Civil Veterinary Department. Madras. Admin. report 1926-33 - 1926-1933
Year: 1926
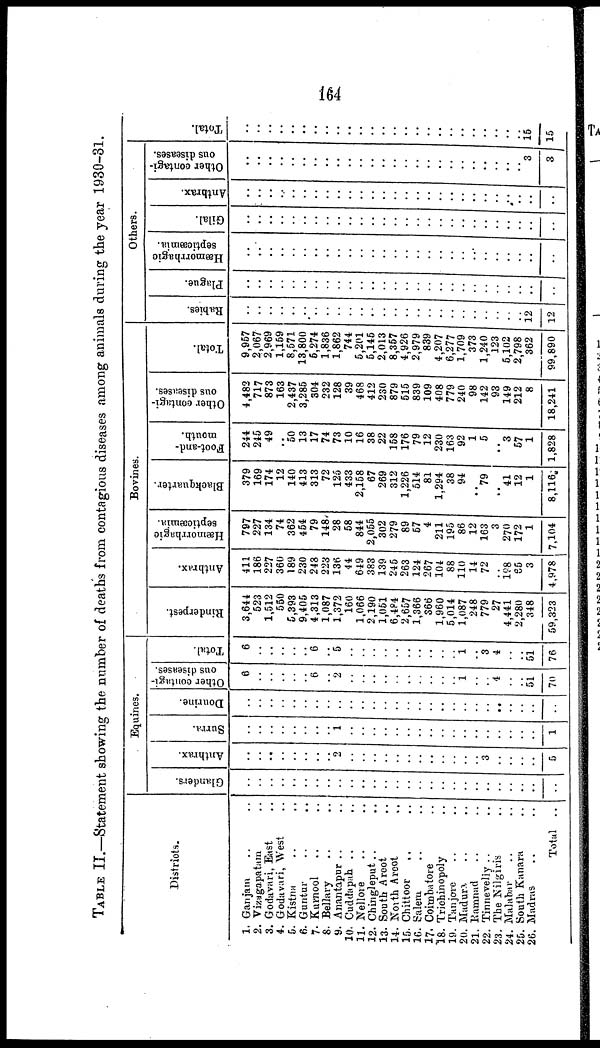
164
TABLE II.—Statement showing the number of deaths from contagious diseases among animals during the year 1930-81.
Districts.
1. Ganjam .. ..
2. Vizagapatam ..
3. Godavari, East ..
4. Godavari, West ..
5. Kistna .. ..
6. Guntur
..
..
7. Kurnool .. ..
8. Bellary .. ..
9. Anantapur .. ..
10. Chingleput .. ..
11. Nellore .. ..
12. Chingleput .. ..
13. South Arcot ..
14. North Arcot ..
15. Chittoor .. ..
16. Salem .. ..
17. Coimbatore ..
18. Trichinopoly ..
19. Tanjore .. ..
20. Madura .. ..
21. Ramnad .. ..
22. Tinneveliy .. ..
23. The Nilgiris ..
24. Malabar .. ..
25. South Kanara ..
26. Madras .. ..
Total ..
Glanders.
..
..
..
..
..
..
..
..
..
..
..
..
..
...
..
..
..
..
..
..
..
..
..
..
..
..
..
Anthrax.
..
..
..
..
..
..
..
..
2
..
..
..
..
..
..
..
..
..
..
..
..
3
..
..
..
..
5
Equines.
Surra.
..
..
..
..
..
..
..
..
1
..
..
..
..
..
..
..
..
..
..
..
..
..
..
..
..
..
1
Dourine.
..
..
..
..
..
..
..
..
..
..
..
..
..
..
..
..
..
..
..
..
..
..
..
..
..
..
..
Other contagi-
ous diseases.
6
..
..
..
..
..
6
..
2
..
..
..
..
..
..
..
..
..
..
1
..
..
4
..
..
51
70
Total.
6
..
..
..
..
..
6
..
5
..
..
..
..
..
..
..
..
..
..
1
..
3
4
..
..
51
76
Rinderpest.
3,644
523
1,512
550
5,393
9,405
4,313
1,087
1,372
160
1,066
2,190
1,051
6,4P4
2,657
1,366
866
1,960
5,014
1,087
248
779
27
4,441
2,280
348
59,323
Anthrax.
411
186
227
360
189
230
248
223
136
44
649
383
139
245
263
124
267
104
88
110
14
72
..
198
65
3
4,978
Hæmorrhagic
septicæmia.
797
227
134
74
362
454
79
148
28
58
844
2,055
302
279
89
57
4
211
195
86
12
163
3
270
172
1
7,104
Bovines.
Blackquarter.
379
169
174
12
140
413
313
72
125
433
2,158
67
269
312
1,226
514
81
1,294
38
94
..
79
..
41
12
1
8,116
Foot-and-
mouth.
244
245
49
..
50
13
17
74
73
10
16
38
22
158
176
79
12
230
163
92
1
5
..
3
57
1
1,828
Other contagi-
ous diseases.
4,482
717
873
163
2,437
3,285
304
232
128
39
468
412
230
879
515
839
109
408
779
240
98
142
93
149
212
8
18,241
Total.
9,957
2,067
2,969
1,159
8,571
13,800
5,274
1,836
1,862
744
5,201
5,145
2,013
8,357
4,926
2,979
839
4,207
6,277
1,709
373
1,240
123
5,102
2,798
362
99,890
Rabies.
..
..
..
..
..
..
..
..
..
..
..
..
..
..
..
..
..
..
..
..
..
..
..
..
..
12
12
Plague.
..
..
..
..
..
..
..
..
..
..
..
..
..
..
..
..
..
..
..
..
..
..
..
..
..
..
..
Others.
Hæmorrhagic
septicæmia.
..
..
..
..
..
..
..
..
..
..
..
..
..
..
..
..
..
..
..
..
..
..
..
..
..
..
Gilal.
..
..
..
..
..
..
..
..
..
..
..
..
..
..
..
..
..
..
..
..
..
..
..
..
..
..
..
Anthrax.
..
..
..
..
..
..
..
..
..
..
..
..
..
..
..
..
..
..
..
..
..
..
..
..
..
..
..
Other contagi-
ous diseases.
..
..
..
..
..
..
..
..
..
..
..
..
..
..
..
..
..
..
..
..
..
..
..
..
.. 3
3
Total.
..
..
..
..
..
..
..
..
..
..
..
..
..
..
..
..
..
..
..
..
..
..
..
..
..
15
15